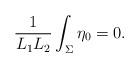
LaTeX: \begin{align*}\frac{1}{L_1 L_2} \int_\Sigma \eta_0 =0.\end{align*}